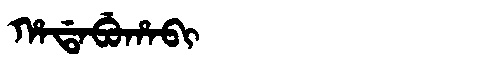
Manchu: ᡥᠠᡩᠠᠪᡠᡥᠠᠪᡳ
Romanization: HADABUHABI